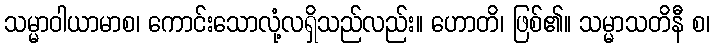
သမ္မာဝါယာမာစ၊ ကောင်းသောလုံ့လရှိသည်လည်း။ ဟောတိ၊ ဖြစ်၏။ သမ္မာသတိနီ စ၊